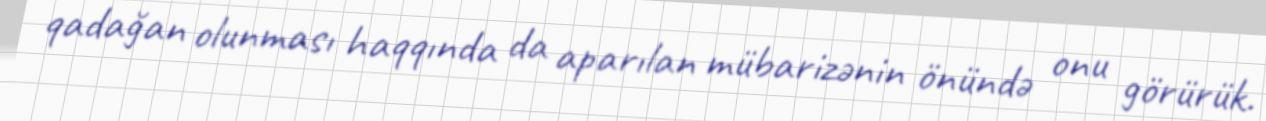
qadağan olunması haqqında da aparılan mübarizənin önündə onu görürük.